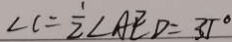
\angle C = \frac { 1 } { 2 } \angle A E D = 3 5 ^ { \circ }